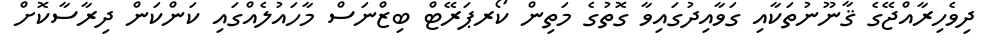
ދިވެހިރާއްޖޭގެ ޤާނޫނުތަކާއި ގަވާއިދުގައިވާ ގޮތުގެ މަތިން ކޯރޕަރޭޓް ބިޒްނަސް މާހައުލެއްގައި ކަންކަން ދިރާސާކޮށް